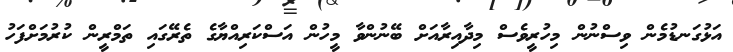
އަޅުގަނޑުމެން ވިސްނުން މިހުރީވެސް މިދާއިރާއަށް ބޭނުންވާ މީހުން އަސްކަރިއްޔާގެ ތެރޭގައި ތަމްރީން ކުރުމަށްފަހު